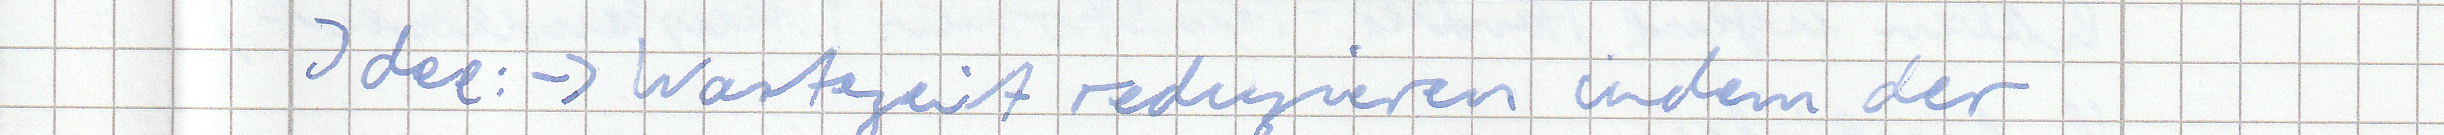
Idee: -> Wartezeit reduzieren indem der